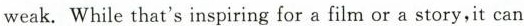
weak.While that's inspiring for a film or a story,it can